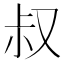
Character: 叔